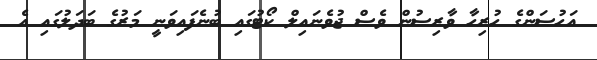
އަހުސަންގެ ހުރިހާ ވާރިސުން ވެސް ޖުވެނައިލް ކޯޓުގައި ބުނެފައިވަނީ މަރުގެ ބަދަލުގައި އެ